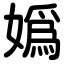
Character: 嬀